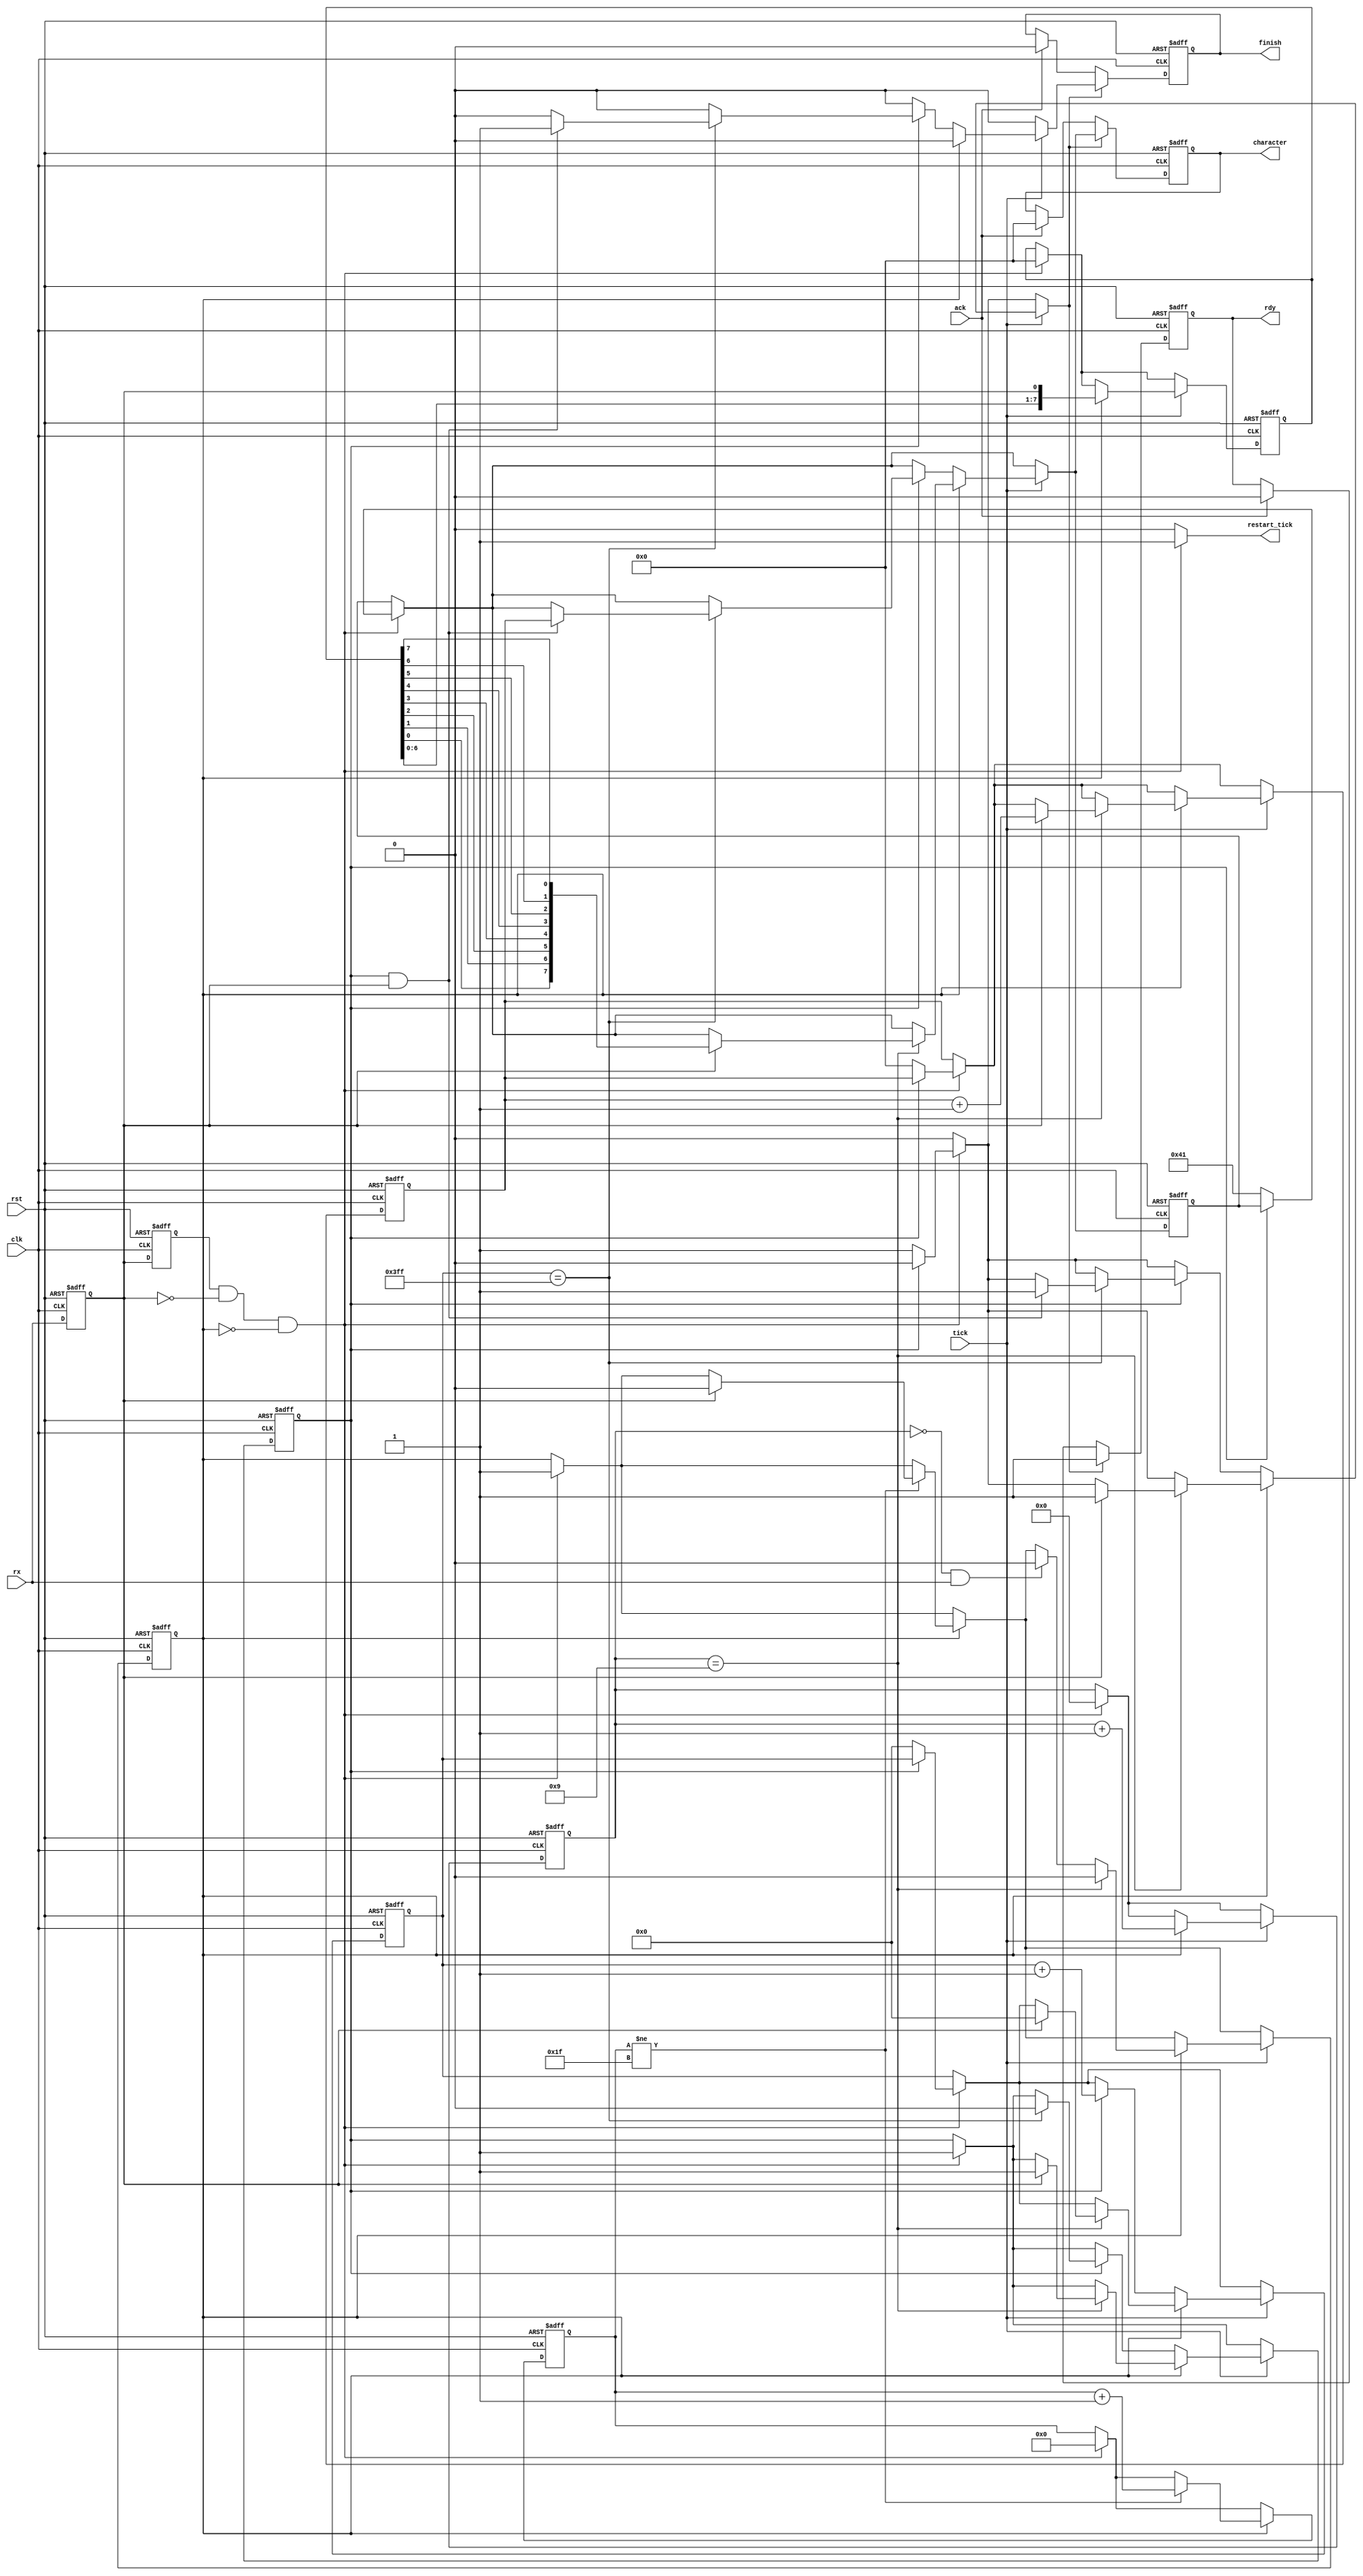

module uart_receiver(
	input clk,
	input rst,
	
	input tick,
	input rx,
	
	output reg restart_tick,
	
	input ack,
	
	output reg[7:0] character,
	output reg rdy,
	output reg finish
);

reg b_rx;

reg[7:0] b_character;
reg b_rdy;
reg b_finish;
	
always@(posedge clk or posedge rst)
	if(rst) b_rx <= 0;
	else b_rx <= rx;
	
reg[4:0] f_sync_time;
reg[4:0] n_sync_time;

reg[7:0] f_character;
reg[7:0] n_character;

reg[7:0] ff_character;

reg[3:0] f_tim;
reg[3:0] n_tim;

reg f_start;
reg n_start;

reg f_s;
reg n_s;

reg f_last;
reg n_last;

reg[9:0] f_cycles;
reg[9:0] n_cycles;


reg[7:0] f_len;
reg[7:0] n_len;

always@(posedge clk or posedge rst)begin
	if(rst)begin
		f_tim <= 0;
		f_character <=0;
		ff_character <= 0;
		f_start <= 0;
		f_s <= 0;
		f_sync_time <= 0;
		
		f_cycles <= 0;
		f_last <= 0;
		
		f_len <= 0;
	end else
	begin
		f_tim <= n_tim;
		f_character <= n_character;
		ff_character <= b_character;
		f_start <= n_start;
		f_s <= n_s;
		f_sync_time <= n_sync_time;
		
		f_last <= n_last;
		f_cycles <= n_cycles;
		f_len <= n_len;
	end
end

always@(*)begin
	
	b_finish = 0;
	
	restart_tick= 0;
	b_rdy = 0;
	
	n_sync_time = f_sync_time;
	
	b_character = ff_character;
	n_character = f_character;
	n_tim = f_tim;
	
	n_start = f_start;
	n_s = f_s;
	
	n_last = f_last;
	n_cycles = f_cycles;
	
	n_len = f_len;
	
	if(f_s & (~b_rx) & (~f_start))begin
		n_start = 1;
		n_tim = 0;
		n_character = 0;
		restart_tick= 1;
		
		n_sync_time =0;
		
		if(~f_last) begin
			n_len = 0;
			
			b_character = 65;
			n_last = 1;
			b_rdy = 1;
			n_cycles = 0;
		end
	end
	
	if(f_start)begin
		if(f_sync_time != 31) begin
		
			n_sync_time = f_sync_time + 1;
			
			if(b_rx) begin
				n_start = 0;
			end
			
		end 
		
	end
	
	if(tick)begin
	
		if(f_start)begin
			
			n_character = {f_character[6:0],b_rx};
			
			if((f_tim == 0) & rx) n_start = 0;
			
			n_tim = f_tim + 1;
			
			if(f_tim == 9) begin
				n_start = 0;
				
				if(b_rx) begin
					n_len = f_len + 1;
					
					b_character = {f_character[0],f_character[1],f_character[2],f_character[3],f_character[4],f_character[5],f_character[6],f_character[7]};
					n_last = 1;
					b_rdy = 1;
					
					n_cycles = 0;
				end
					
			end
			
		end else
		begin
			if(f_last)begin
				n_cycles = f_cycles + 1;
				
				if(f_cycles == 1023)begin
					if(f_last && b_rx)begin
						b_finish = 1;
						b_rdy = 1;
						b_character = f_len;
					end
					
					n_last = 0;
				end
			end
		end
		
		
	end
	
	
	n_s = b_rx;
	
	
end

reg[7:0] bn_character;
reg bn_rdy;
reg bn_finish;
	
reg[7:0] bf_character;
reg bf_rdy;
reg bf_finish;

always@(posedge clk or posedge rst)begin
	if(rst)begin
		bf_character <= 0;
		bf_rdy <= 0;
		bf_finish <= 0;
	end else
	begin
		bf_character <= bn_character;
		bf_rdy <= bn_rdy;
		bf_finish <= bn_finish;
	end
end

always@(*)begin
	bn_character = bf_character;
	bn_rdy = bf_rdy;
	bn_finish = bf_finish;
	
	if(ack)begin
		bn_character = 0;
		bn_rdy = 0;
		bn_finish = 0;
	end
	
	if(b_rdy)begin
		bn_character = b_character;
		bn_rdy = b_rdy;
		bn_finish = b_finish;
	end
	
end

always@(*)begin
	character <= bf_character;
	rdy <= bf_rdy;
	finish <= bf_finish;
end


endmodule


module uart_baud_tick_gen#(
	parameter CLK_FREQ = 50000000,
	parameter BAUD_RATE = 1228800
)(
	input clk,
	input rst,
	
	input restart,
	
	output reg tick
);

integer baud_time = CLK_FREQ / BAUD_RATE;

reg[15:0] f_tim;
reg[15:0] n_tim;

always@(posedge clk or posedge rst) begin
	if(rst) f_tim <= 0;
	else f_tim <= n_tim;
end

always@(*)begin
	n_tim = f_tim + 1;
	tick = 0;
	
	if(f_tim == baud_time) begin
		n_tim = 0;
		tick = 1;
	end
	
	if(restart) n_tim = baud_time/2;
end


endmodule


module uart_center_receiv(
	input clk,
	input rst,
	
	// Receiver
	
	input receiv_rdy,
	input[7:0] receiv_char,
	
	input receiv_finish,
	output reg receiv_ack,
	
	// Control
	input control_receiv_enable,
	
	input[15:0] control_receiv_start_addr,
	input[15:0] control_receiv_stop_addr,
	
	output reg control_receiv_work,
	
	// Avalon MM Master
	
	output reg avm_m1_write,
	output reg avm_m1_read,
	
	input avm_m1_waitrequest,
	input avm_m1_readdatavalid,
	
	output reg[15:0] avm_m1_address,
	output reg[31:0] avm_m1_writedata,
	
	input [31:0] avm_m1_readdata
);


reg f_control_receiv_work;

localparam IDLE = 0;
localparam LOAD_START = 1;
localparam READ = 2;
localparam FINISH_READ = 3;
localparam CHAR_LOAD = 4;
localparam COMPOSE = 5;
localparam WRITE = 6;
localparam WRITE_RDY = 7;
localparam NEXT_CHAR = 8;

localparam LOAD_SAVE_LEN = 9;
localparam LOAD_SAVE_LEN_W = 10;
localparam COMPOSE_LEN = 11;
localparam WRITE_LEN = 12;
localparam WRITE_LEN_W = 13;

reg[3:0] f_status = 0;
reg[3:0] n_status = 0;

reg[15:0] f_addr = 0;
reg[15:0] n_addr = 0;

reg[15:0] f_maddr = 0;
reg[15:0] n_maddr = 0;

reg[31:0] f_mem = 0;
reg[31:0] n_mem = 0;

reg[7:0] f_mchar = 0;
reg[7:0] n_mchar = 0;

reg[15:0] f_addrstartmem = 0;
reg[15:0] n_addrstartmem = 0;

reg f_finish = 0;
reg n_finish = 0;

always@(posedge clk or posedge rst)begin
	if(rst) f_control_receiv_work <= 0;
	else f_control_receiv_work <= control_receiv_work;
end

always@(posedge clk or posedge rst)begin
	if(rst) begin
		f_status <= 0;
		f_addr <= 0;
		f_maddr <= 0;
		f_mem <= 0;
		f_mchar <= 0;
		
		f_addrstartmem <= 0;
		
		f_finish <= 0;
		end
	else begin
		f_status <= n_status;
		f_addr <= n_addr;
		f_maddr <= n_maddr;
		f_mem <= n_mem;
		f_mchar <= n_mchar;
		
		f_addrstartmem <= n_addrstartmem;
		
		f_finish <= n_finish;
		end
end

always@(*)begin
	n_status = f_status;

	case(f_status)
		IDLE:  if(control_receiv_enable) n_status = LOAD_START;
		LOAD_START: n_status = READ;
		READ:  n_status = FINISH_READ;
		FINISH_READ: if(avm_m1_readdatavalid) n_status = CHAR_LOAD;
		CHAR_LOAD: if(receiv_rdy)n_status = COMPOSE;
		COMPOSE: begin
				n_status = NEXT_CHAR;
				
				if(f_addr[1:0] == 3) n_status = WRITE;
				if(f_finish && f_control_receiv_work) n_status = WRITE;
				
				end
		WRITE: n_status = WRITE_RDY;
		WRITE_RDY: if(~avm_m1_waitrequest)
							if(f_finish) n_status = LOAD_SAVE_LEN;
							else n_status = READ;
		NEXT_CHAR: n_status = CHAR_LOAD;
		
		LOAD_SAVE_LEN: n_status = LOAD_SAVE_LEN_W;
		LOAD_SAVE_LEN_W: if(avm_m1_readdatavalid) n_status = COMPOSE_LEN;
		COMPOSE_LEN: n_status = WRITE_LEN;
		WRITE_LEN: n_status = WRITE_LEN_W;
		WRITE_LEN_W: if(~avm_m1_waitrequest) n_status = READ;
	endcase
	
	if(~control_receiv_enable) n_status = IDLE;
end

always@(*)begin
	
	n_finish = f_finish;
	
	n_mchar = f_mchar;
	
	n_maddr = f_maddr;
	n_addr = f_addr;
	n_addrstartmem = f_addrstartmem;
	
	n_mem = f_mem;
	
	control_receiv_work = f_control_receiv_work;	
	
	receiv_ack = 0;
	
	avm_m1_write = 0;
	avm_m1_read = 0;
	avm_m1_address = 0;
	avm_m1_writedata = 0;
	
	case(f_status)
		IDLE:  begin
					
					if(control_receiv_enable) begin
						n_addr = 0;
						n_mem = 0;
					end
				end
		LOAD_START: begin
					
					n_addr = control_receiv_start_addr;
					end
		READ:  begin
					
					avm_m1_read = 1;
					avm_m1_address = {f_addr[15:2],2'b0};
					
				end
		FINISH_READ: begin
					
					if(avm_m1_readdatavalid)  n_mem = avm_m1_readdata;
				end
		CHAR_LOAD: begin
					
					if(receiv_rdy) begin
						control_receiv_work = 1;
						n_mchar = receiv_char;
						n_finish = 0;
						receiv_ack = 1;
						
					end
					
					if(receiv_finish && f_control_receiv_work) begin
						n_finish =1;
					end
					
					if(receiv_rdy && ~f_control_receiv_work) begin
						n_addrstartmem = f_addr;
					end
					
				end
				
		COMPOSE: begin
				
				if(f_finish) begin
					case(f_addr[1:0])
						0: n_mem = {f_mem[31:8],8'hFF};
						1: n_mem = {f_mem[31:16],8'hFF,f_mem[7:0]};
						2: n_mem = {f_mem[31:24],8'hFF,f_mem[15:0]};
						3: n_mem = {8'hFF,f_mem[23:0]};
					endcase

				end else
					case(f_addr[1:0])
						0: n_mem = {f_mem[31:8],f_mchar};
						1: n_mem = {f_mem[31:16],f_mchar,f_mem[7:0]};
						2: n_mem = {f_mem[31:24],f_mchar,f_mem[15:0]};
						3: n_mem = {f_mchar,f_mem[23:0]};
					endcase
	
				end
		WRITE: begin
			
				avm_m1_write = 1;
				avm_m1_address = {f_addr[15:2],2'b0};
				avm_m1_writedata = f_mem;
				
				end
		WRITE_RDY: begin
	
				if(~avm_m1_waitrequest) begin
				
					if(f_addr == control_receiv_stop_addr) n_addr = control_receiv_start_addr;
					else n_addr = f_addr + 1;
					
				
				end
				
			end
			
		NEXT_CHAR: begin
		
				n_addr = f_addr + 1;
			end
			
		LOAD_SAVE_LEN: begin
								
								avm_m1_read = 1;
								avm_m1_address = {f_addrstartmem[15:2],2'b0};
								
							end
		LOAD_SAVE_LEN_W: if(avm_m1_readdatavalid)begin
									n_mem = avm_m1_readdata;
								end
		COMPOSE_LEN: case(f_addrstartmem[1:0])
							0: n_mem = {f_mem[31:8],f_mchar};
							1: n_mem = {f_mem[31:16],f_mchar,f_mem[7:0]};
							2: n_mem = {f_mem[31:24],f_mchar,f_mem[15:0]};
							3: n_mem = {f_mchar,f_mem[23:0]};
						endcase
		WRITE_LEN: begin
			
				avm_m1_write = 1;
				avm_m1_address = {f_addrstartmem[15:2],2'b0};
				avm_m1_writedata = f_mem;
				
				end
		WRITE_LEN_W: begin
	
				if(~avm_m1_waitrequest) begin
						control_receiv_work = 0;
					
					
				
				end
				
			end
	endcase
end

endmodule